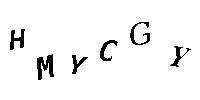
HMYCGY